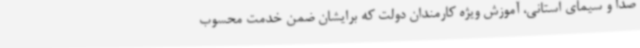
صدا و سیمای استانی، آموزش ویژه کارمندان دولت که برایشان ضمن خدمت محسوب